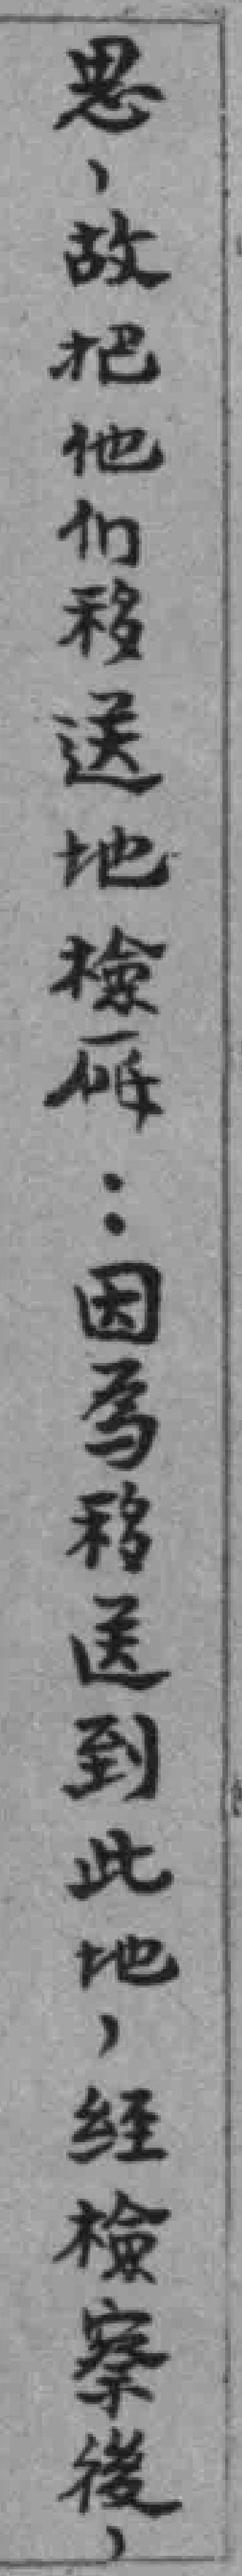
思，故把他们移送地检廰..因為移送到此地，经檢察後，